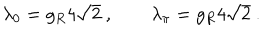
LaTeX: \lambda _ { 0 } = g _ { R } 4 \sqrt { 2 } \ , \qquad \lambda _ { \pi } = g _ { R } 4 \sqrt { 2 } \ .